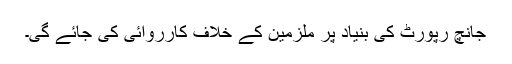
جانچ رپورٹ کی بنیاد پر ملزمین کے خلاف کارروائی کی جائے گی۔